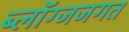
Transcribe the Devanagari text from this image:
ब्लॉग्जजगत